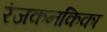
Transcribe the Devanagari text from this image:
रंजकनकिका